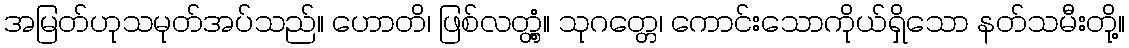
အမြတ်ဟုသမုတ်အပ်သည်။ ဟောတိ၊ ဖြစ်လတ္တံ့။ သုဂတ္တေ၊ ကောင်းသောကိုယ်ရှိသော နတ်သမီးတို့။